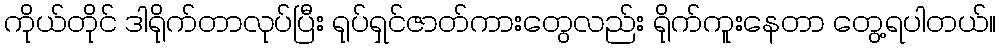
ကိုယ်တိုင် ဒါရိုက်တာလုပ်ပြီး ရုပ်ရှင်ဇာတ်ကားတွေလည်း ရိုက်ကူးနေတာ တွေ့ရပါတယ်။